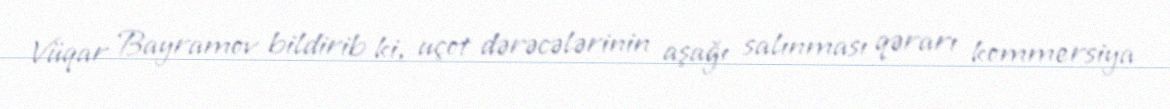
Vüqar Bayramov bildirib ki, uçot dərəcələrinin aşağı salınması qərarı kommersiya